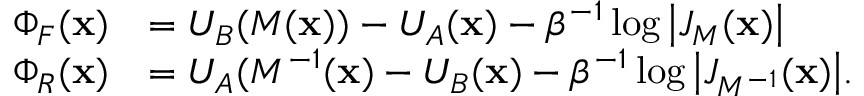
\begin{array} { r l } { \Phi _ { F } ( \mathbf { x } ) } & { = U _ { B } ( M ( \mathbf { x } ) ) - U _ { A } ( \mathbf { x } ) - \beta ^ { - 1 } \log { \left| { J _ { M } ( \mathbf { x } ) } \right| } } \\ { \Phi _ { R } ( \mathbf { x } ) } & { = U _ { A } ( M ^ { - 1 } ( \mathbf { x } ) - U _ { B } ( \mathbf { x } ) - \beta ^ { - 1 } \log { \left| { J _ { M ^ { - 1 } } ( \mathbf { x } ) } \right| } . } \end{array}